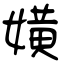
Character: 嫹